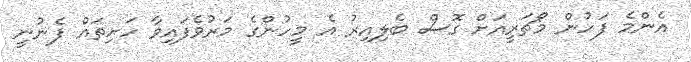
އެންމެ ފަހުން މޯޗަރީއަށް ގޮސް ބެލިއިރު އެ މީހުންގެ މަރުވެފައިވާ ހަށިތައް ފެނުނީ